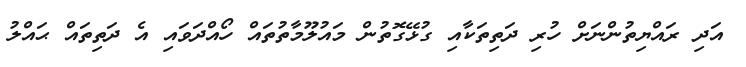
އަދި ރައްޔިތުންނަށް ހުރި ދަތިތަކާއި ގުޅޭގޮތުން މައުލޫމާތުތައް ހޯއްދަވައި އެ ދަތިތައް ޙައްލު